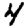
Digit: 4